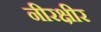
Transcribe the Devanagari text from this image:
नीरक्षीर